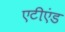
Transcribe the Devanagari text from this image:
एटीएंड